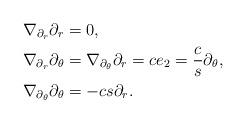
LaTeX: \begin{align*}\nabla_{\partial_r}\partial_r&=0,\\\nabla_{\partial_r}\partial_\theta&=\nabla_{\partial_\theta}\partial_r= c e_2=\frac{c}{s}\partial_\theta,\\\nabla_{\partial_\theta}\partial_\theta&=-cs\partial_r.\end{align*}